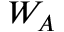
W _ { A }